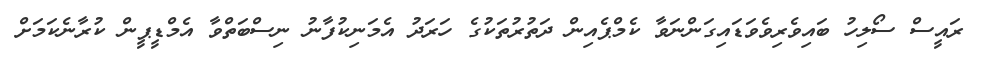
ރައީސް ސޯލިހު ބައިވެރިވެވަޑައިގަންނަވާ ކެމްޕެއިން ދަތުރުތަކުގެ ހަރަދު އެމަނިކުފާނު ނިސްބަތްވާ އެމްޑީޕީން ކުރާނެކަމަށް